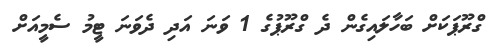
ގްރޫޕަކަށް ބަހާލައިގެން ދެ ގްރޫޕުގެ 1 ވަނަ އަދި ދެވަނަ ޓީމު ސެމީއަށް